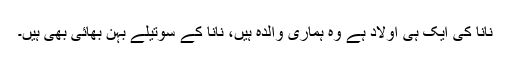
نانا کی ایک ہی اولاد ہے وہ ہماری والدہ ہیں، نانا کے سوتیلے بہن بھائی بھی ہیں۔